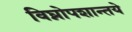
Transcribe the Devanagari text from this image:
विघ्नोपशान्तये